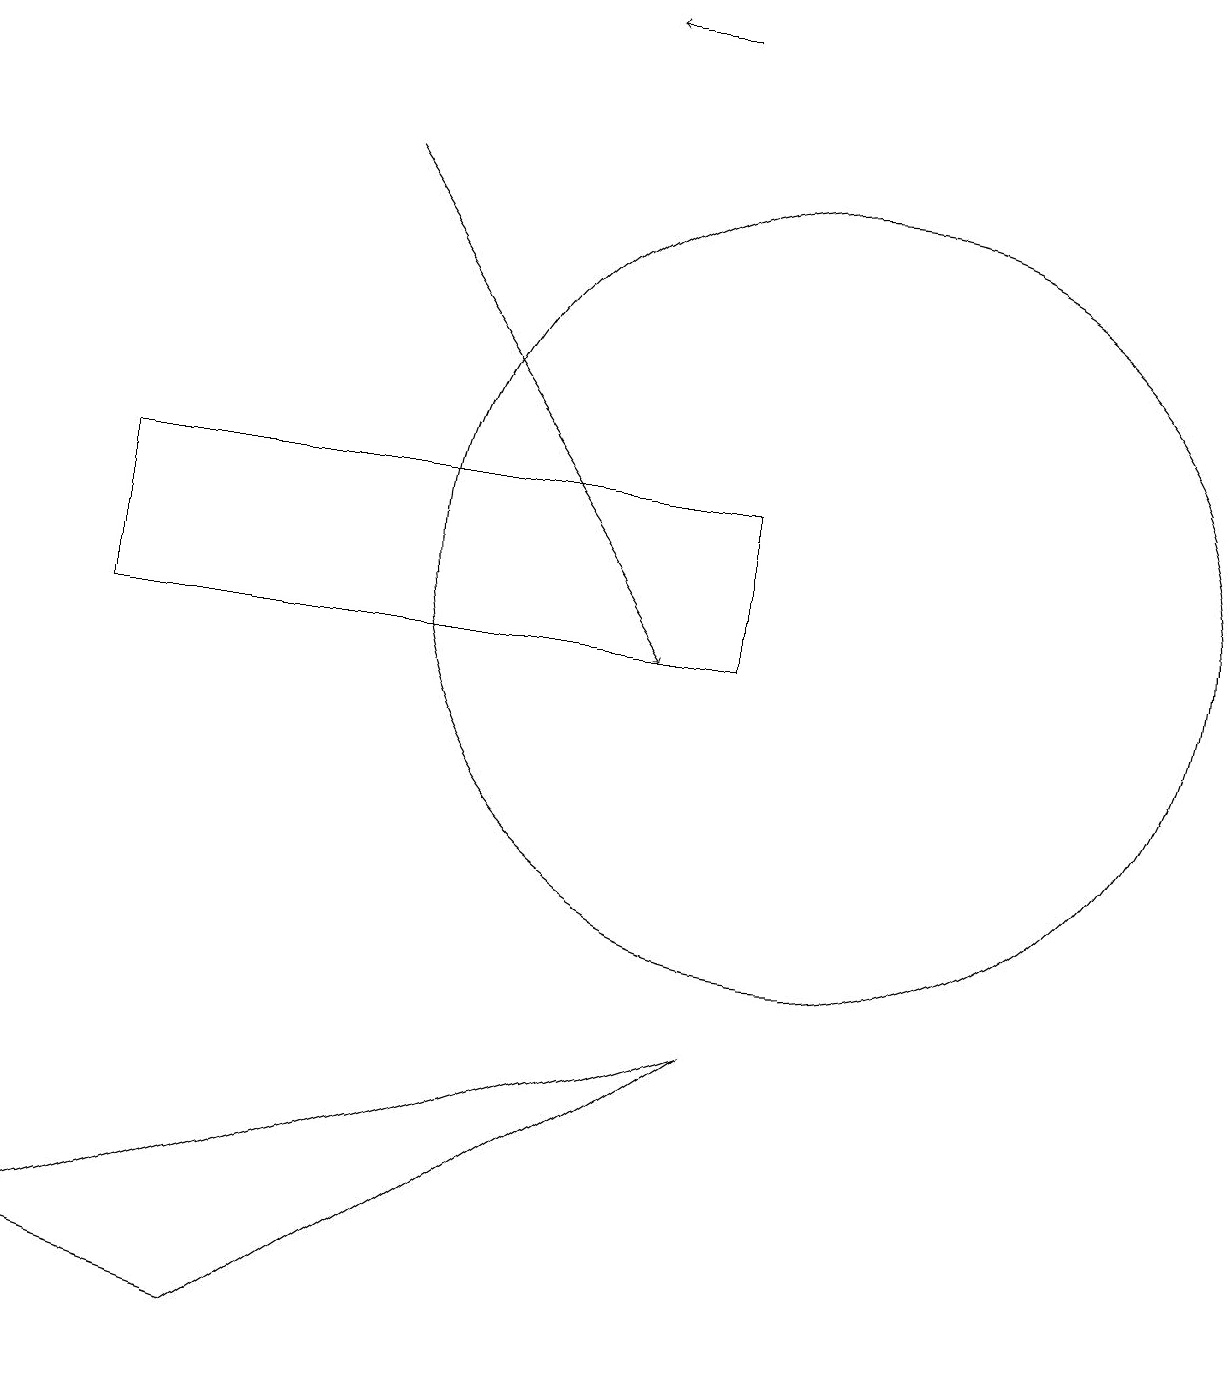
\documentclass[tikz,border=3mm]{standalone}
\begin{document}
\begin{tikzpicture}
\draw (9,10) rectangle (1,12);
\draw[->] (8,18) -- (7,18);
\draw (9,5) -- (3,1) -- (0,2) -- cycle;
\draw (11,10) circle (0);
\draw (10,11) circle (5);
\draw[->] (4,16) -- (8,10);
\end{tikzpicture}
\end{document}